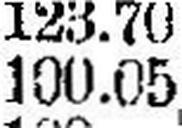
100.05